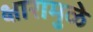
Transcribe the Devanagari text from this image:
क्षारामुळे